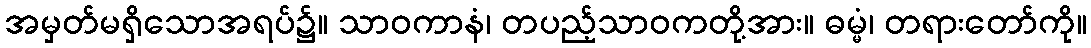
အမှတ်မရှိသောအရပ်၌။ သာဝကာနံ၊ တပည့်သာဝကတို့အား။ ဓမ္မံ၊ တရားတော်ကို။